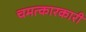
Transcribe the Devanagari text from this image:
चमत्कारकारी